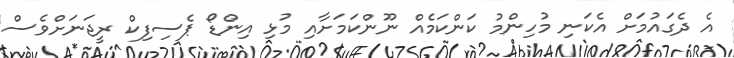
އެ ދެގައުމަށް އެކަނި މުހިންމު ކަންކަމެއް ނޫންކަމަށާއި މުޅި އިންޑޯ ޕެސިފިކް ރީޖަނަށްވެސް